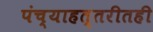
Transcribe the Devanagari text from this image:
पंच्याहत्तरीतही